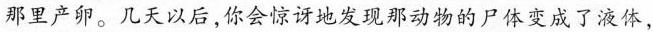
那里产卵。几天以后，你会惊讶地发现那动物的尸体变成了液体，